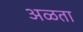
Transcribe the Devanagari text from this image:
अळता